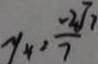
y _ { 4 } = \frac { - 2 \sqrt { 7 } } { 7 }